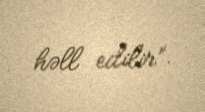
həll edilir”.